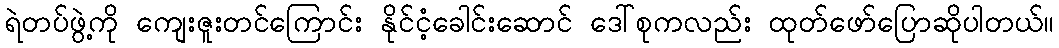
ရဲတပ်ဖွဲ့ကို ကျေးဇူးတင်ကြောင်း နိုင်ငံ့ခေါင်းဆောင် ဒေါ်စုကလည်း ထုတ်ဖော်ပြောဆိုပါတယ်။